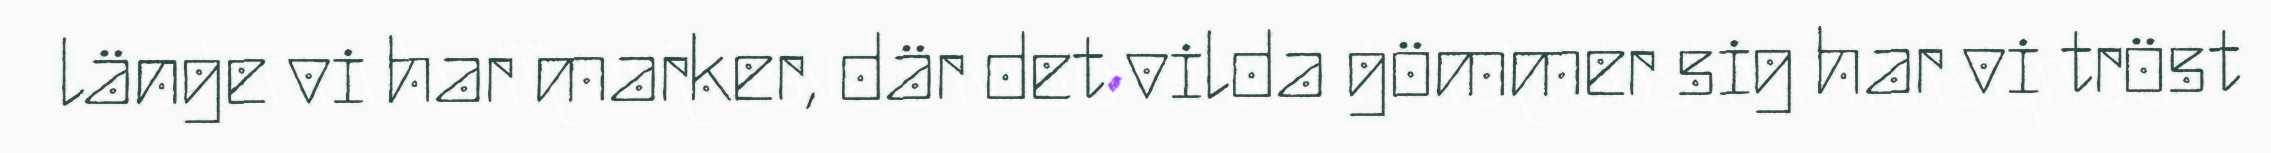
länge vi har marker, där det vilda gömmer sig har vi tröst